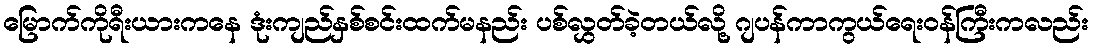
မြောက်ကိုရီးယားကနေ ဒုံးကျည်နှစ်စင်းထက်မနည်း ပစ်လွှတ်ခဲ့တယ်လို့ ဂျပန်ကာကွယ်ရေးဝန်ကြီးကလည်း